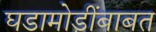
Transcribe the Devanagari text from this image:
घडामोडींबाबत